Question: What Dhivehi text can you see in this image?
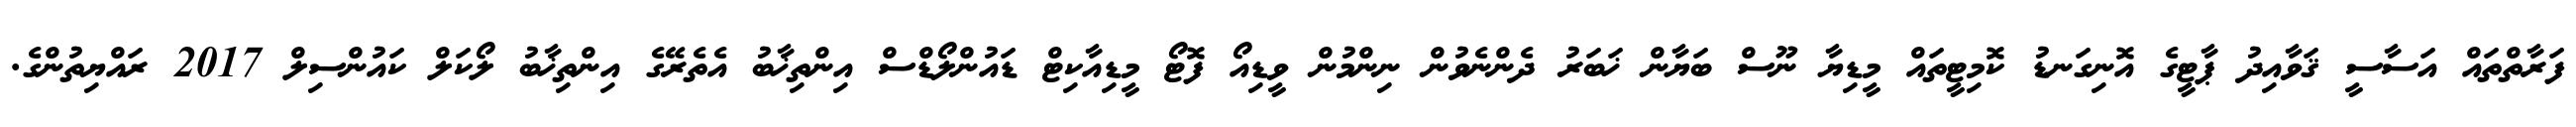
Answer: ފަރާތްތައް އަސާސީ ޤަވާއިދު ޕާޓީގެ އޮނިގަނޑު ކޮމިޓީތައް މީޑިޔާ ނޫސް ބަޔާން ޚަބަރު ދެންނެވުން ނިންމުން ވީޑިއޯ ފޮޓޯ މީޑިއާކިޓް ޑައުންލޯޑްސް އިންތިޚާބު އެތެރޭގެ އިންތިޚާބު ލޯކަލް ކައުންސިލް 2017 ރައްޔިތުންގެ.